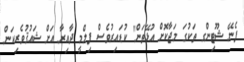
ފެނޭ ޝޫޓިންގ ތަކުގަ މަޖާކޮށް އުޅޭތަން" ކުޑައިރުވެސް ފިލްމީ ދާއިރާ އަށް ޝައުޤުވެރިކަން